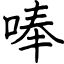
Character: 唪